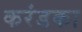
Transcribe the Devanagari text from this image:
करंडका